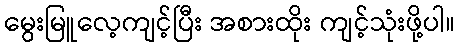
မွေးမြူလေ့ကျင့်ပြီး အစားထိုး ကျင့်သုံးဖို့ပါ။